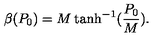
\beta ( P _ { 0 } ) = M \tanh ^ { - 1 } ( \frac { P _ { 0 } } { M } ) .